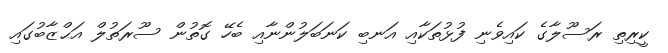
ކީރިތި ރަސޫލާގެ ކައިވެނި ފުޅުތަކާއި އަނބި ކަނަބަލުންނާއި ބެހޭ ގޮތުން ސޫރަތުލް އަޙްޒާބުގައި